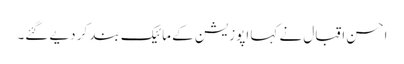
احسن اقبال نے کہا اپوزیشن کے مائیک بند کر دیے گئے۔